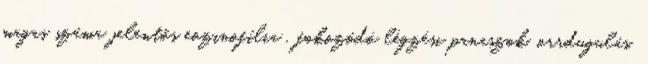
magas száma jelentős eozinofília , fokozódó légzési panaszok, orrdugulás,